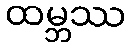
ထမ္ဘဿ